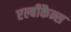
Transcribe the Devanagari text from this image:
एल्बीकैन्स